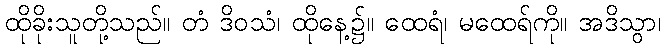
ထိုခိုးသူတို့သည်။ တံ ဒိဝသံ၊ ထိုနေ့၌။ ထေရံ၊ မထေရ်ကို။ အဒိသွာ၊